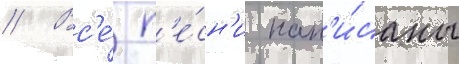
// Вс'е́ п'е́сн'и нап'и́саны